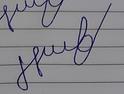
Signature authenticity: forged